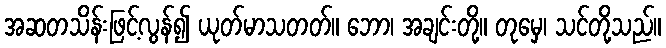
အဆတသိန်းဖြင့်လွန်၍ ယုတ်မာသတတ်။ ဘော၊ အချင်းတို့။ တုမှေ၊ သင်တို့သည်။